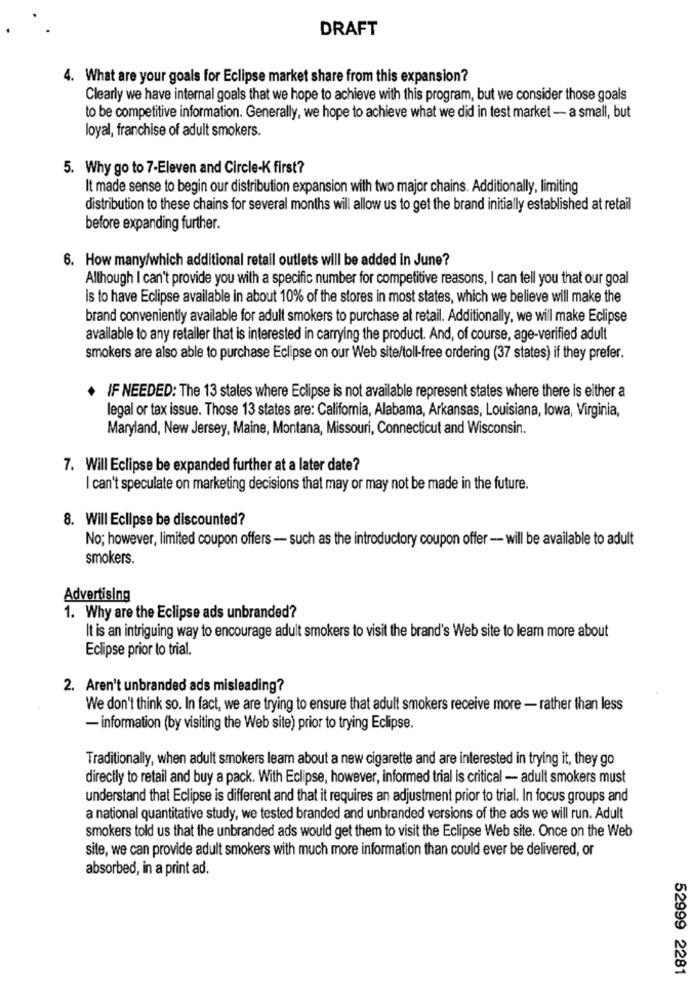
DRAFT
4. What are your goals for Eclipse market share from this expansion?
Clearly we have internal goals that we hope to achieve with this program, but we consider those goals
to be competitive information. Generally, we hope to achieve what we did in test market - a small, but
loyal, franchise of adult smokers.
5. Why go to 7-Eleven and Circle-K first?
It made sense to begin our distribution expansion with two major chains. Additionally, limiting
distribution to these chains for several months will allow us to get the brand initially established at retail
before expanding further.
6. How many/which additional retail outlets will be added in June?
Although I can't provide you with a specific number for competitive reasons, I can tell you that our goal
is to have Eclipse available in about 10% of the stores in most states, which we believe will make the
brand conveniently available for adult smokers to purchase at retail. Additionally, we will make Eclipse
available to any retailer that is interested in carrying the product. And, of course, age-verified adult
smokers are also able to purchase Eclipse on our Web site/toll-free ordering (37 states) if they prefer.
.
IF NEEDED: The 13 states where Eclipse is not available represent states where there is either a
legal or tax issue. Those 13 states are: California, Alabama, Arkansas, Louisiana, lowa, Virginia,
Maryland, New Jersey, Maine, Montana, Missouri, Connecticut and Wisconsin.
7. Will Eclipse be expanded further at a later date?
I can't speculate on marketing decisions that may or may not be made in the future.
8. Will Eclipse be discounted?
No; however, limited coupon offers- such as the introductory coupon offer - will be available to adult
smokers.
Advertising
1. Why are the Eclipse ads unbranded?
It is an intriguing way to encourage adult smokers to visit the brand's Web site to leam more about
Eclipse prior to trial.
2. Aren't unbranded ads misleading?
We don't think so. In fact, we are trying to ensure that adult smokers receive more - rather than less
- information (by visiting the Web site) prior to trying Eclipse.
Traditionally, when adult smokers learn about a new cigarette and are interested in trying it, they go
directly to retail and buy a pack. With Eclipse, however, informed trial is critical - adult smokers must
understand that Eclipse is different and that it requires an adjustment prior to trial. In focus groups and
a national quantitative study, we tested branded and unbranded versions of the ads we will run. Adult
smokers told us that the unbranded ads would get them to visit the Eclipse Web site. Once on the Web
site, we can provide adult smokers with much more information than could ever be delivered, or
absorbed, in a print ad.
52999 2281